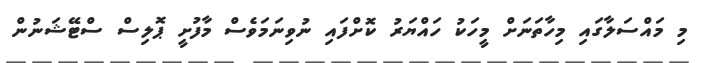
މި މައްސަލާގައި މިހާތަނަށް މީހަކު ހައްޔަރު ކޮށްފައި ނުވިނަމަވެސް މާފުށީ ޕޮލިސް ސްޓޭޝަނުން